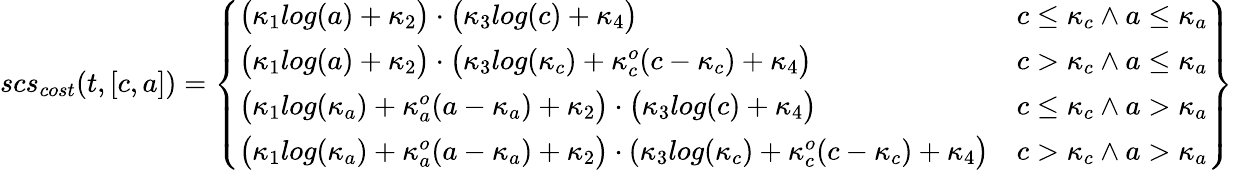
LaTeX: scs_{cost}(t,[c,a])=\left.\left\{ \begin{array}{ll}{\big(\kappa_{1}log(a)+\kappa_{2}\big)\cdot\big(\kappa_{3}log(c)+\kappa_{4}\big)}&{c\leq\kappa_{c}\wedge a\leq\kappa_{a}}\\ {\big(\kappa_{1}log(a)+\kappa_{2}\big)\cdot\big(\kappa_{3}log(\kappa_{c})+\kappa_{c}^{o}(c-\kappa_{c})+\kappa_{4}\big)}&{c>\kappa_{c}\wedge a\leq\kappa_{a}}\\ {\big(\kappa_{1}log(\kappa_{a})+\kappa_{a}^{o}(a-\kappa_{a})+\kappa_{2}\big)\cdot\big(\kappa_{3}log(c)+\kappa_{4}\big)}&{c\leq\kappa_{c}\wedge a>\kappa_{a}}\\ {\big(\kappa_{1}log(\kappa_{a})+\kappa_{a}^{o}(a-\kappa_{a})+\kappa_{2}\big)\cdot(\kappa_{3}log(\kappa_{c})+\kappa_{c}^{o}(c-\kappa_{c})+\kappa_{4}\big)}&{c>\kappa_{c}\wedge a>\kappa_{a}}\end{array}\right.\right\}